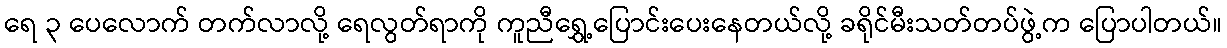
ရေ ၃ ပေလောက် တက်လာလို့ ရေလွတ်ရာကို ကူညီရွှေ့ပြောင်းပေးနေတယ်လို့ ခရိုင်မီးသတ်တပ်ဖွဲ့က ပြောပါတယ်။